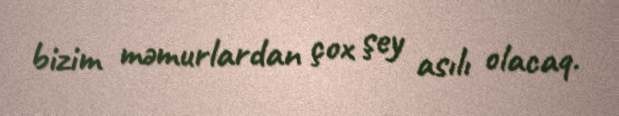
bizim məmurlardan çox şey asılı olacaq.